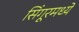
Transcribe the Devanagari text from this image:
सिंगूरमध्ये